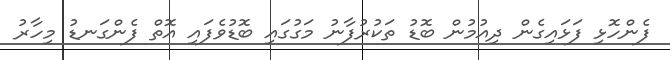
ފެންހޮޅި ފަޅައިގެން ދިއުމުން ބޮޑު ތަކުރުފާނު މަގުގައި ބޮޑުވެފައި އޮތް ފެންގަނޑު މިހާރު